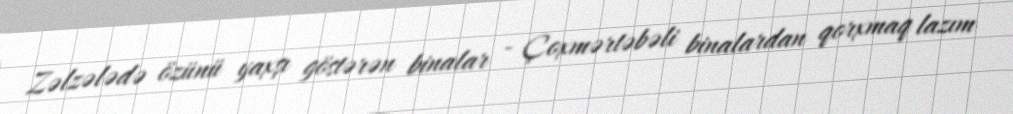
Zəlzələdə özünü yaxşı göstərən binalar - Çoxmərtəbəli binalardan qorxmaq lazım